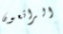
الرائعون